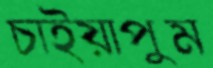
চাইয়াপুম